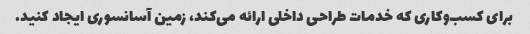
برای کسب‌وکاری که خدمات طراحی داخلی ارائه می‌کند، زمین آسانسوری ایجاد کنید.